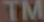
TM